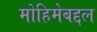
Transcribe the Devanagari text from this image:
मोहिमेबद्दल